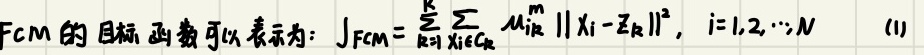
FCM 的目标函数可以表示为：$J_{FCM}=\sum_{k = 1}^{K}\sum_{x_i \in C_k}u_{ik}^{m}\left \lVert x_i - z_k \right \rVert^2, \ i = 1,2,\cdots,N$  (1)